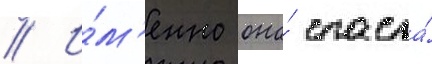
// И́м'енно она́ спасла́